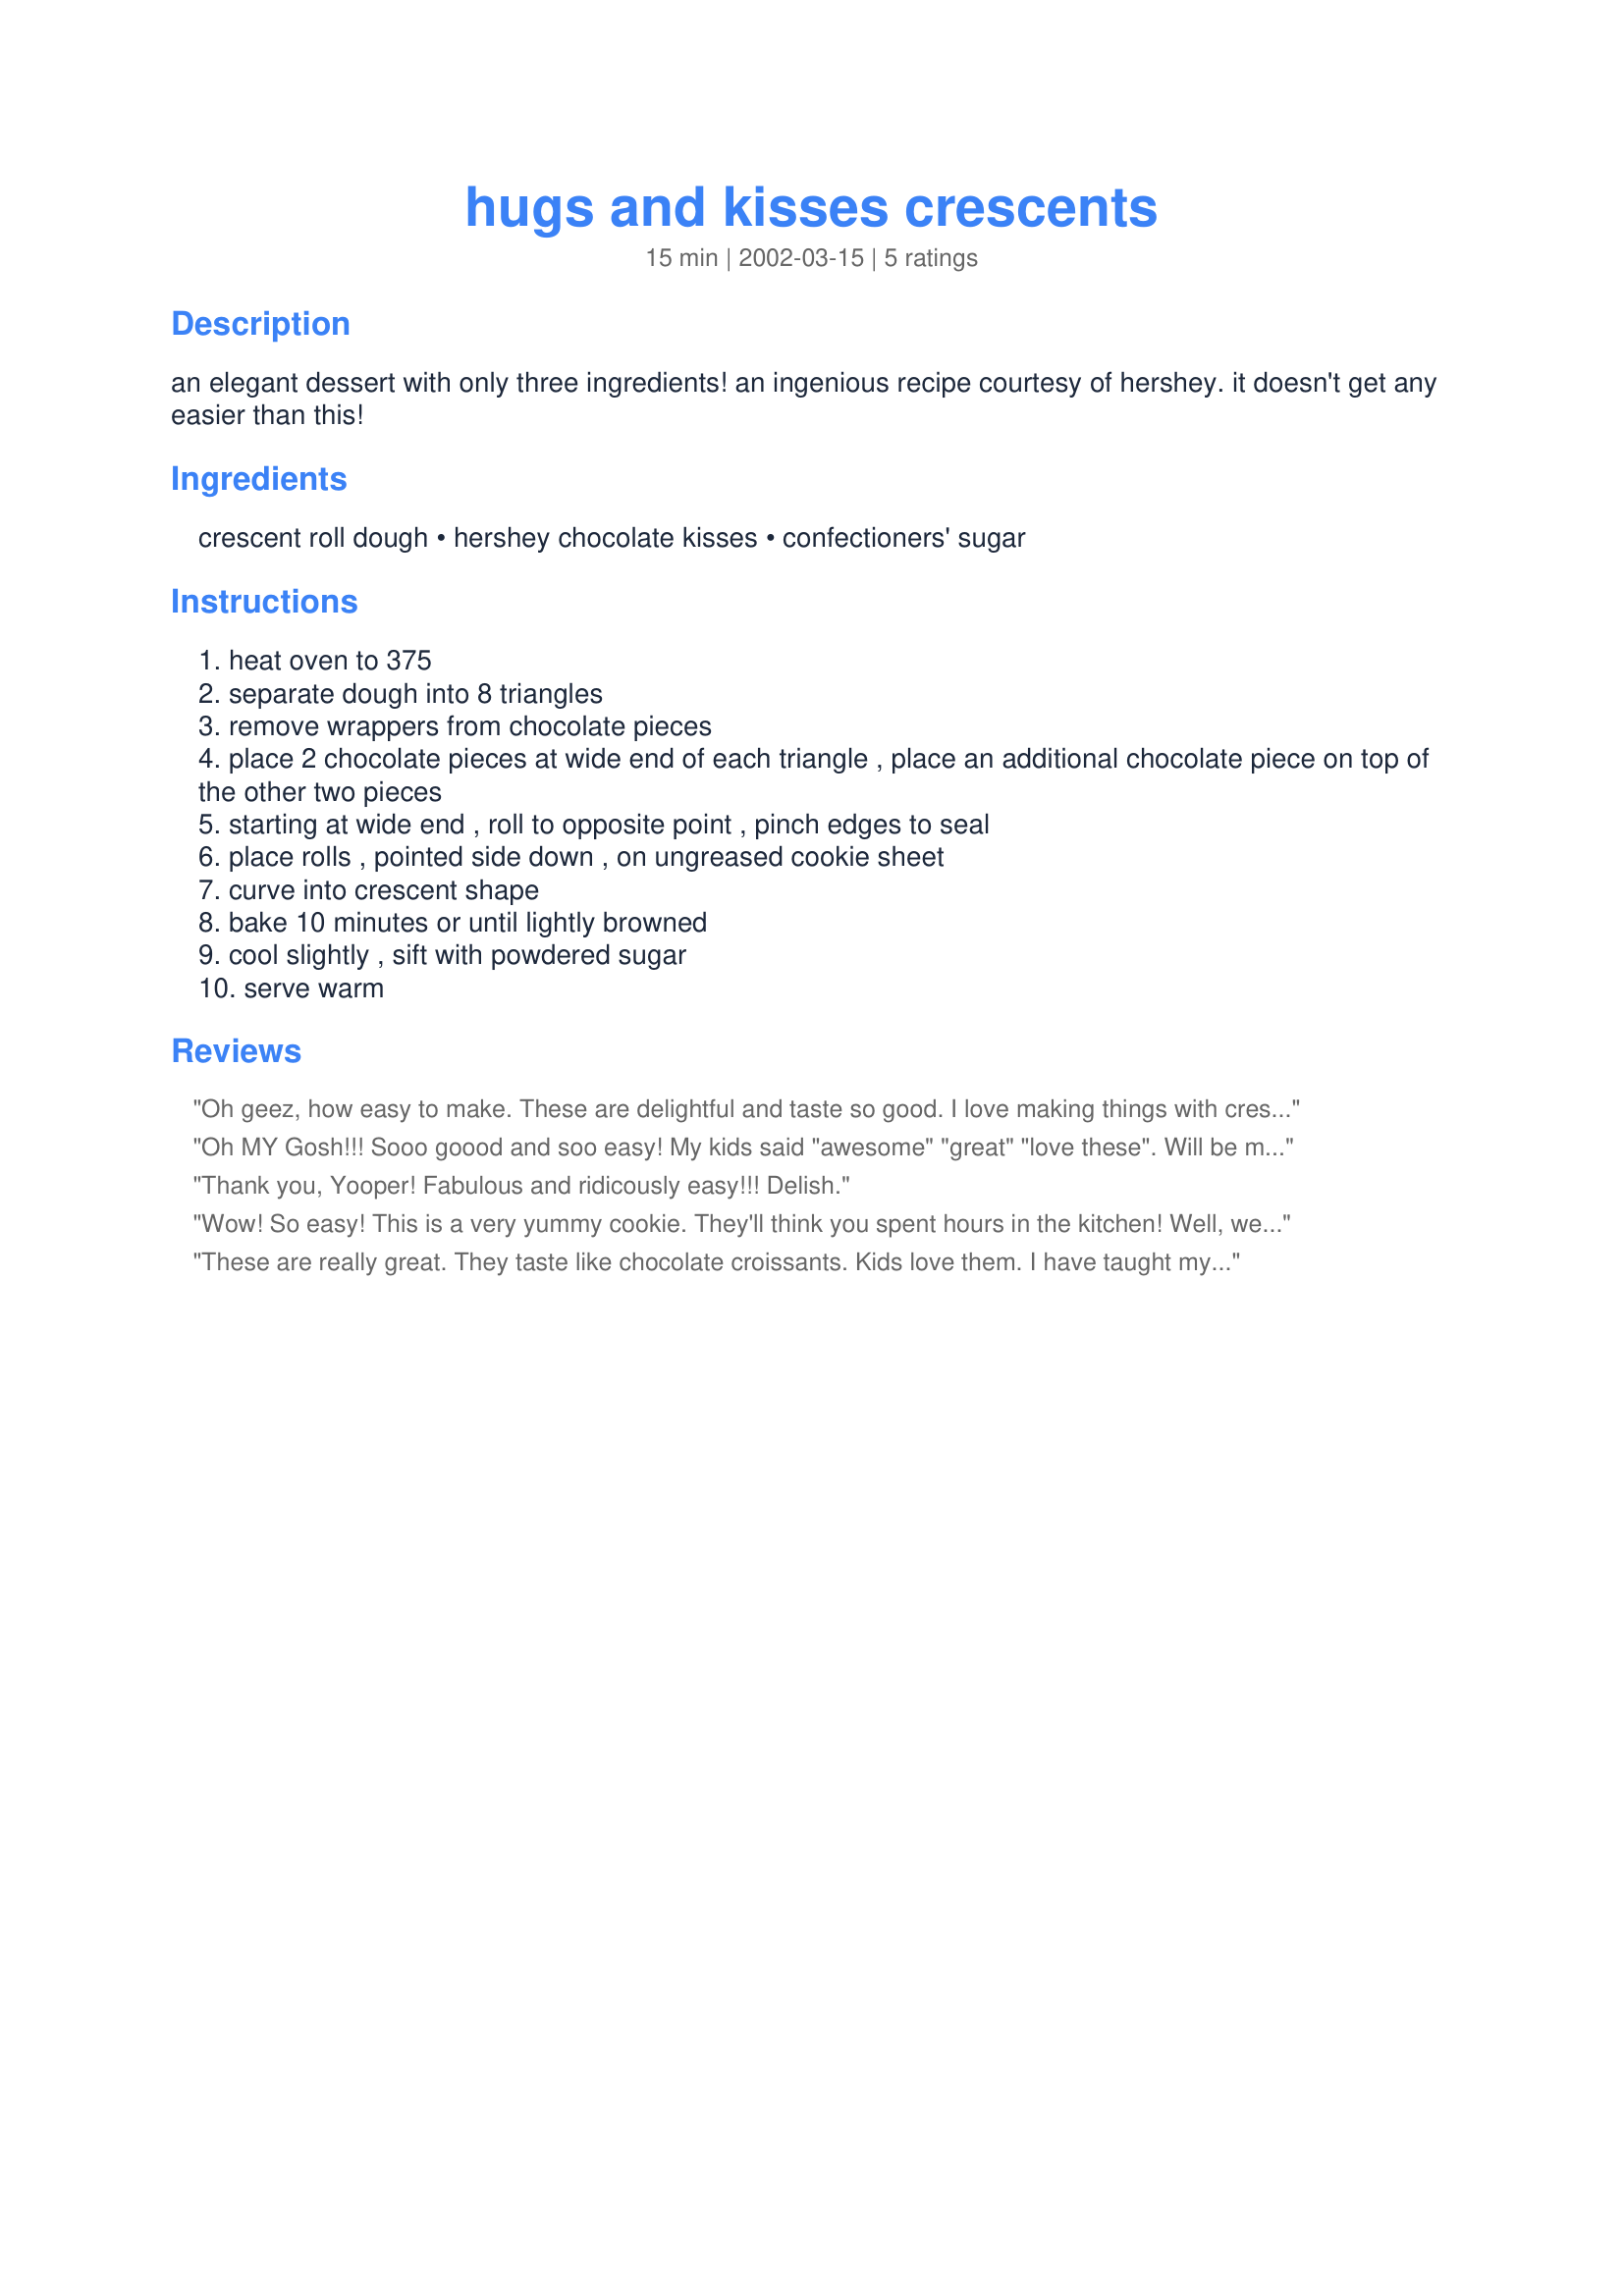
hugs and kisses crescents
Preparation time: 15 minutes

an elegant dessert with only three ingredients! an ingenious recipe courtesy of hershey. it doesn't get any easier than this!

Ingredients:
crescent roll dough, hershey chocolate kisses, confectioners' sugar

Steps:
heat oven to 375
separate dough into 8 triangles
remove wrappers from chocolate pieces
place 2 chocolate pieces at wide end of each triangle , place an additional chocolate piece on top of the other two pieces
starting at wide end , roll to opposite point , pinch edges to seal
place rolls , pointed side down , on ungreased cookie sheet
curve into crescent shape
bake 10 minutes or until lightly browned
cool slightly , sift with powdered sugar
serve warm

Reviews:
Oh geez, how easy to make. These are delightful and taste so good. I love making things with crescent roll dough. Nice and flaky on the outside and chocolate on the inside. Great little dessert. Thanks yooper.
Oh MY Gosh!!! Sooo goood and soo easy! My kids said "awesome" "great" "love these". Will be making often and letting them show their friends at next sleep over also. I can use these for adults also... Want to try different flavor kisses too! Thank you yooper!!!
Thank you, Yooper! Fabulous and ridicously easy!!! Delish.
Wow! So easy! This is a very yummy cookie. They'll think you spent hours in the kitchen! Well, we'll just let that be our little secret!!
I really recommend this recipe. Thanks yooper, this is a goodie!!
These are really great. They taste like chocolate croissants. Kids love them. I have taught my nieces and nephews how to make them as they are so easy to make.
They are best eaten the day they are made.
